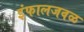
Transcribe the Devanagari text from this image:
इंफालजवळ